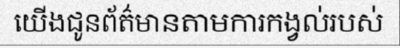
យើងជូនព័ត៌មានតាមការកង្វល់របស់